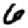
Digit: 6